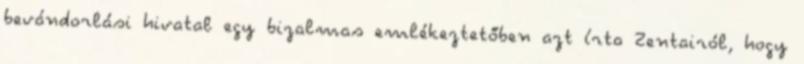
bevándorlási hivatal egy bizalmas emlékeztetőben azt írta Zentairól, hogy